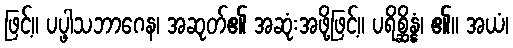
ဖြင့်။ ပပ္ဖါသဘာဂေန၊ အဆုတ်၏ အဆုံးအဖို့ဖြင့်။ ပရိစ္ဆိန္နံ၊ ၏။ အယံ၊